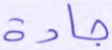
جادة